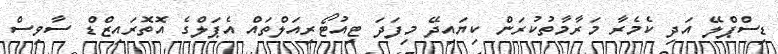
ޑިސްޕްލޭ އަދި ކެމެރާ މަރާމާތުކުރަން ކިޔައިދޭ މިފަަދަ ޓިއުޓޯރިއަލްތައް އެޕަލްގެ އޮތޮރައިޒްޑް ސާވިސް